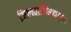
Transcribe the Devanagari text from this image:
जिल्ह्याजिल्ह्यातून